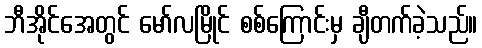
ဘီအိုင်အေတွင် မော်လမြိုင် စစ်ကြောင်းမှ ချီတက်ခဲ့သည်။